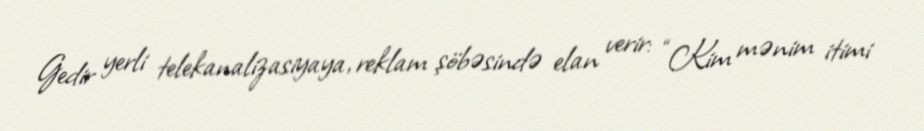
Gedir yerli telekanalizasiyaya, reklam şöbəsində elan verir: “Kim mənim itimi